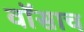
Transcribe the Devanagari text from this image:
वॉसाच